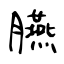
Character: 臙